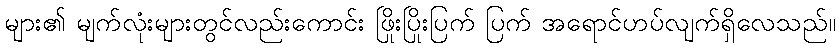
များ၏ မျက်လုံးများတွင်လည်းကောင်း ဖြိုးပြိုးပြက် ပြက် အရောင်ဟပ်လျက်ရှိလေသည်။